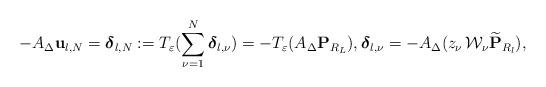
LaTeX: \begin{align*} - A_{\Delta} {\bf u}_{l,N} = \boldsymbol{\delta}_{l,N} := T_\varepsilon(\sum\limits_{\nu=1}^N \boldsymbol{\delta}_{l,\nu})= - T_\varepsilon(A_{\Delta} {\bf P}_{R_L}), \boldsymbol{\delta}_{l,\nu} = -A_{\Delta} ({z_\nu} \, {\cal W}_\nu \widetilde{\bf P}_{R_l}), \end{align*}